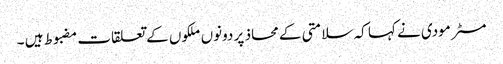
مسٹر مودی نے کہا کہ سلامتی کے محاذ پر دونوں ملکوں کے تعلقات مضبوط ہیں ۔